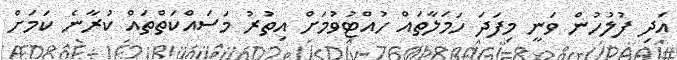
އަދި ފުލުހުން ވަނީ މިފަދަ ހަމަލާތައް ހުއްޓުވުމަށް އިތުރު މަސައްކަތްތައް ކުރާނެ ކަމަށް